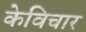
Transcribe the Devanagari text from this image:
केविचार